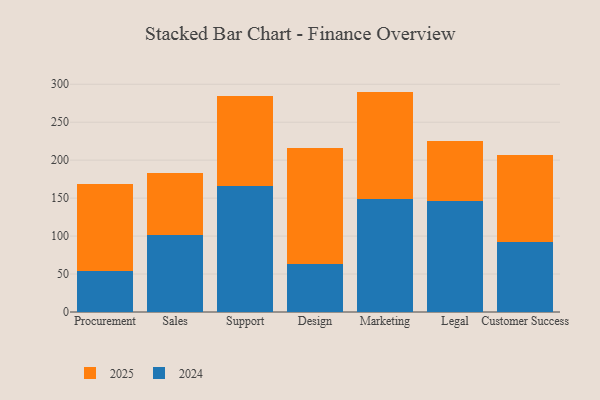
{"axis": {"x": "Department", "y": "Churn Rate (%)"}, "legend": ["2024", "2025"], "data": [{"x": "Procurement", "y": 114.8, "type": "2025"}, {"x": "Procurement", "y": 54.4, "type": "2024"}, {"x": "Sales", "y": 82.5, "type": "2025"}, {"x": "Sales", "y": 101.1, "type": "2024"}, {"x": "Support", "y": 117.9, "type": "2025"}, {"x": "Support", "y": 166.4, "type": "2024"}, {"x": "Design", "y": 153.0, "type": "2025"}, {"x": "Design", "y": 63.5, "type": "2024"}, {"x": "Marketing", "y": 141.8, "type": "2025"}, {"x": "Marketing", "y": 148.5, "type": "2024"}, {"x": "Legal", "y": 78.3, "type": "2025"}, {"x": "Legal", "y": 146.8, "type": "2024"}, {"x": "Customer Success", "y": 114.6, "type": "2025"}, {"x": "Customer Success", "y": 92.1, "type": "2024"}]}